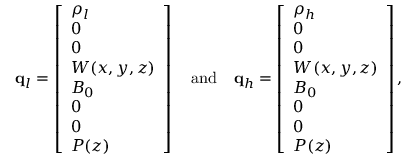
\mathbf { q } _ { l } = \left[ \begin{array} { l } { \rho _ { l } } \\ { 0 } \\ { 0 } \\ { W ( x , y , z ) } \\ { B _ { 0 } } \\ { 0 } \\ { 0 } \\ { P ( z ) } \end{array} \right] \quad \mathrm { a n d } \quad \mathbf { q } _ { h } = \left[ \begin{array} { l } { \rho _ { h } } \\ { 0 } \\ { 0 } \\ { W ( x , y , z ) } \\ { B _ { 0 } } \\ { 0 } \\ { 0 } \\ { P ( z ) } \end{array} \right] ,